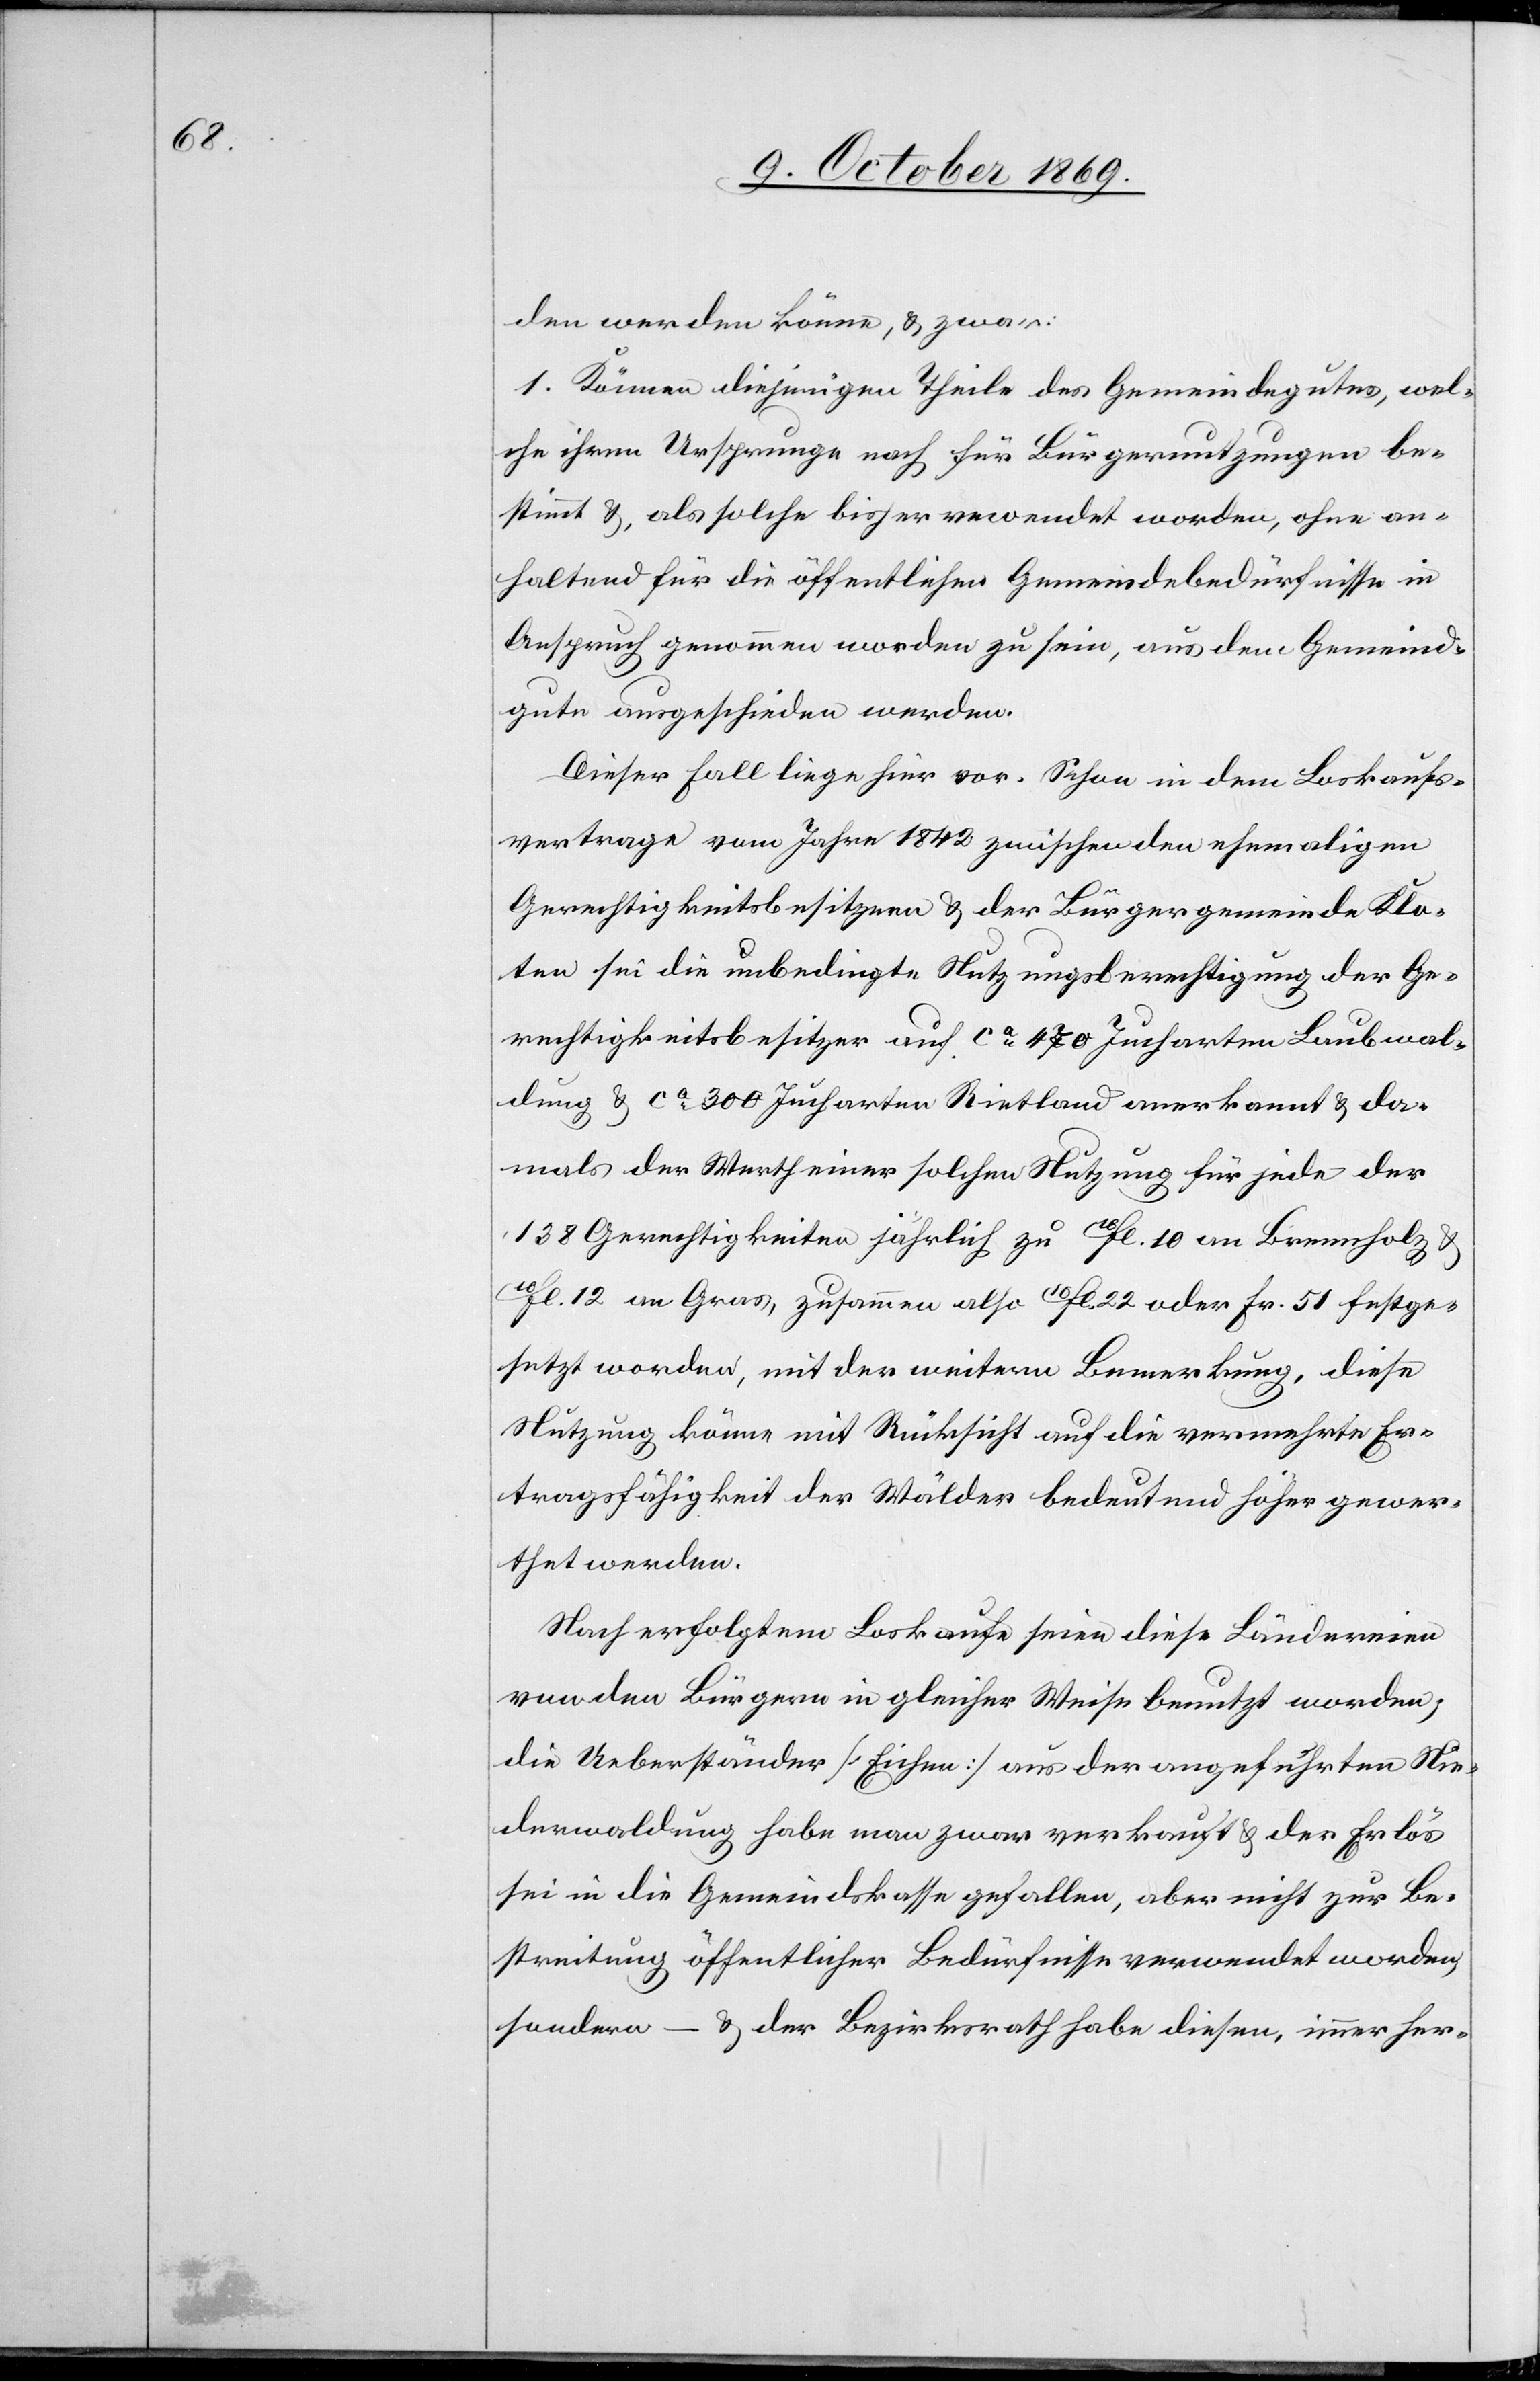
den werden könne, & zwar:
1. Können diejenigen Theile des Gemeindegutes, wel¬
che ihrem Ursprunge nach für Bürgernutzungen be¬
stimmt &, als solche bisher ve[r]wendet worden, ohne an¬
haltend für die öffentlichen Gemeindebedürfnisse in
Anspruch genommen worden zu sein, aus dem Gemeind¬
gute ausgeschieden werden.
Dieser Fall liege hier vor. Schon in dem Loskaufs¬
vertrage vom Jahre 1842 zwischen den ehemaligen
Gerechtigkeitsbesitzern & der Bürgergemeinde Klo¬
ten sei die unbedingte Nutzungsberechtigung der Ge¬
rechtigkeitsbesitzer auf ca 470 Jucharten Laubwal¬
dung & ca 300 Jucharten Rietland anerkannt & da¬
mals der Werth einer solchen Nutzung für jede der
138 Gerechtigkeiten jährlich zu 10fl. 10 an Brennholz &
10fl. 12 an Gras, zusammen also 10fl. 22 oder Fr. 51 festge¬
setzt worden, mit der weitern Bemerkung, diese
Nutzung könne mit Rücksicht auf die vermehrte Er¬
tragsfähigkeit der Wälder bedeutend höher gewer¬
thet werden.
Nach erfolgtem Loskaufe seien diese Ländereien
von den Bürgern in gleicher Weise benutzt worden;
die Ueberständer [Eichen] aus der angeführten Nie¬
derwaldung habe man zwar verkauft & der Erlös
sei in die Gemeindskasse gefallen, aber nicht zur Be¬
streitung öffentlicher Bedürfnisse verwendet worden,
sondern – & der Bezirksrath habe diesen, immer her-